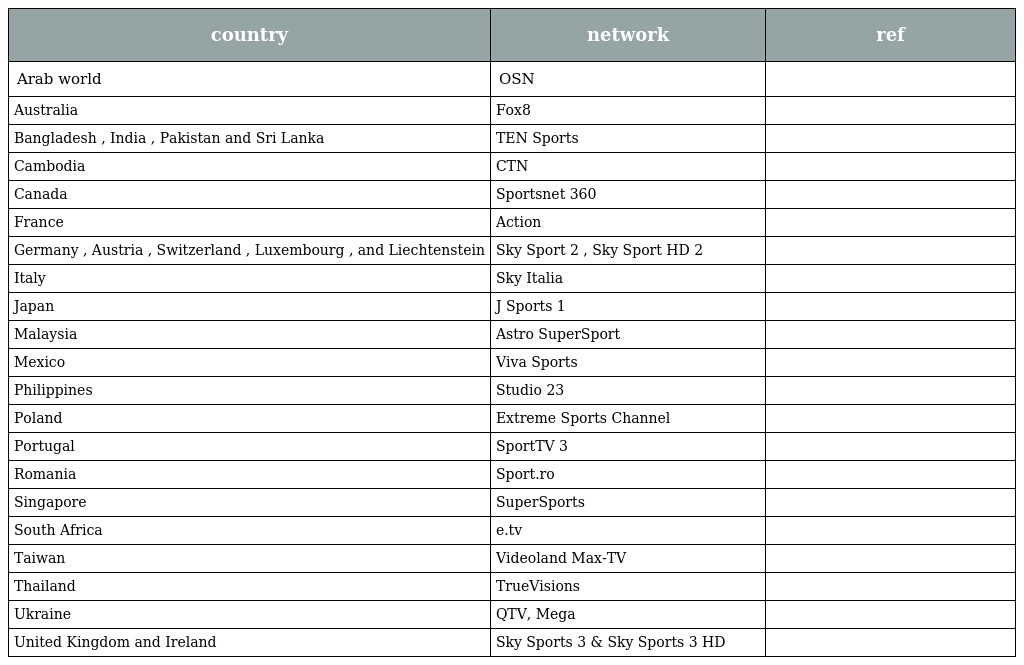
| country | network | ref |
 | --- | --- | --- |
 | Arab world | OSN |  |
 | Australia | Fox8 |  |
 | Bangladesh , India , Pakistan and Sri Lanka | TEN Sports |  |
 | Cambodia | CTN |  |
 | Canada | Sportsnet 360 |  |
 | France | Action |  |
 | Germany , Austria , Switzerland , Luxembourg , and Liechtenstein | Sky Sport 2 , Sky Sport HD 2 |  |
 | Italy | Sky Italia |  |
 | Japan | J Sports 1 |  |
 | Malaysia | Astro SuperSport |  |
 | Mexico | Viva Sports |  |
 | Philippines | Studio 23 |  |
 | Poland | Extreme Sports Channel |  |
 | Portugal | SportTV 3 |  |
 | Romania | Sport.ro |  |
 | Singapore | SuperSports |  |
 | South Africa | e.tv |  |
 | Taiwan | Videoland Max-TV |  |
 | Thailand | TrueVisions |  |
 | Ukraine | QTV, Mega |  |
 | United Kingdom and Ireland | Sky Sports 3 & Sky Sports 3 HD |  |